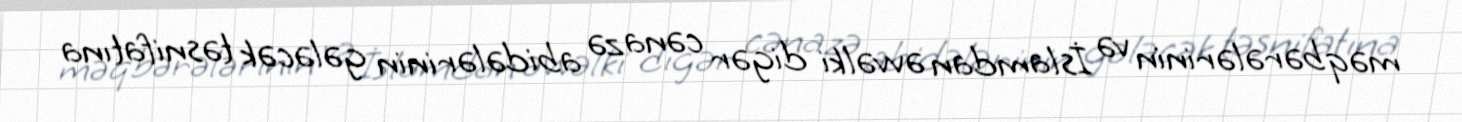
məqbərələrinin və İslamdan əvvəlki digər cənazə abidələrinin gələcək təsnifatına